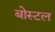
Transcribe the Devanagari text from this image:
बोस्टल